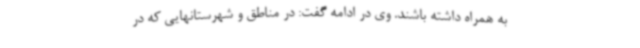
به همراه داشته باشند. وی در ادامه گفت: در مناطق و شهرستانهایی که در